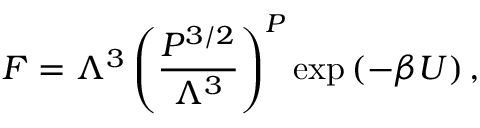
F = \Lambda ^ { 3 } \left( \frac { P ^ { 3 / 2 } } { \Lambda ^ { 3 } } \right) ^ { P } \exp \left( - \beta { \cal U } \right) ,